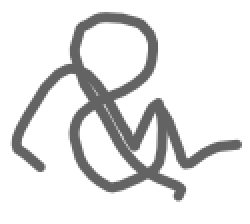
Text: &
Cross-out: wave
Writing tool: digital_gray